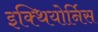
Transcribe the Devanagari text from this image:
इक्थियोर्निस